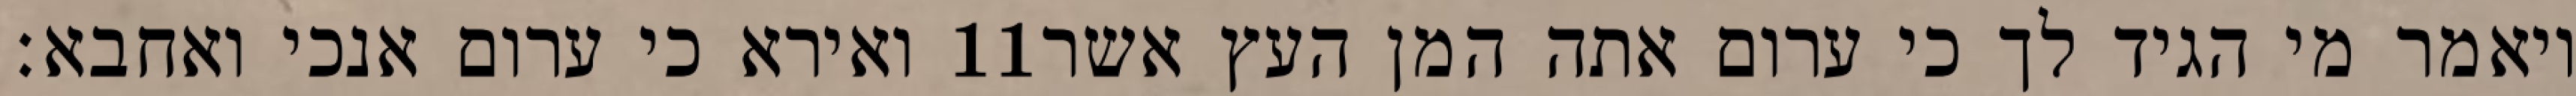
ואירא כי ערום אנכי ואחבא׃ ‎11‏ ויאמר מי הגיד לך כי ערום אתה המן העץ אשר